Civil Veterinary Dept. Bombay admin report 1932-41 - 1932-1941
Year: 1932
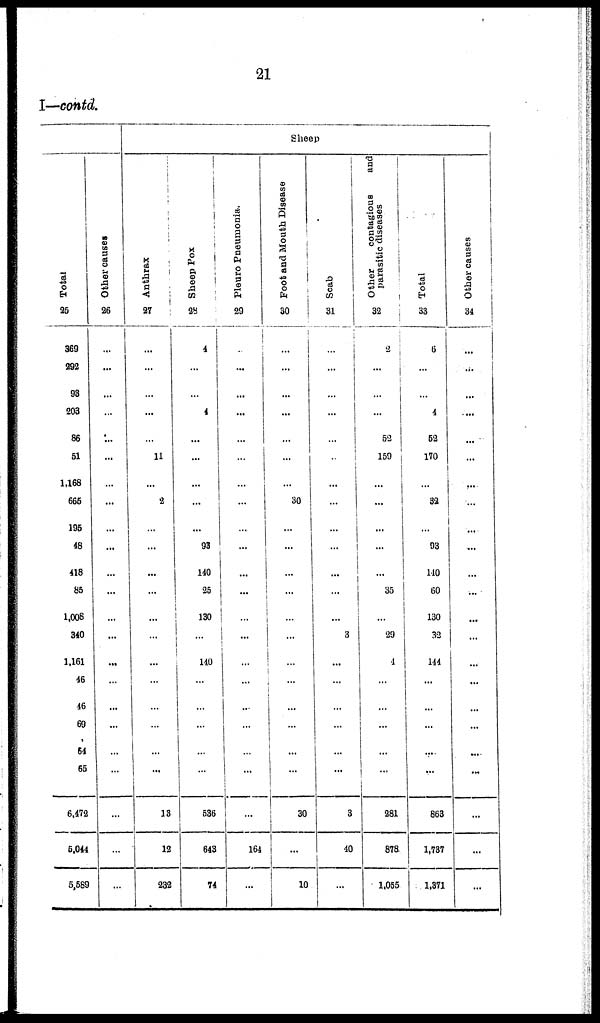
21
I—contd.
Total
25
369
292
98
203
86
51
1,168
665
195
48
418
85
1,008
340
1,161
46
46
69
64
65
6,472
5,044
5,589
Other causes
26
...
...
...
...
...
...
...
...
...
...
...
...
...
...
...
...
...
...
...
...
...
...
...
Sheep
Anthrax
27
...
...
...
...
...
11
...
2
...
...
...
...
...
...
...
...
...
...
...
...
13
12
232
Sheep Pox
28
4
...
...
4
...
...
...
...
...
93
140
25
130
...
140
...
...
...
...
...
536
643
74
Pleuro Pneumonia.
29
...
...
...
...
...
...
...
...
...
...
...
...
...
...
...
...
...
...
...
...
...
164
...
Foot and Mouth Disease
30
...
...
...
...
...
...
...
30
...
...
...
...
...
...
...
...
...
...
...
...
30
...
10
Scab
31
...
...
...
...
...
...
...
...
...
...
...
...
...
3
...
...
...
...
...
...
3
40
...
Other
contagious
and
parasitic diseases
32
2
...
...
...
52
159
...
...
...
...
...
35
...
29
4
...
...
...
...
...
281
878
1,055
Total
33
6
...
...
4
52
170
...
82
...
93
140
60
130
32
144
...
...
...
...
...
863
1,787
1,371
Other causes
34
...
...
...
...
...
...
...
...
...
...
...
...
...
...
...
...
...
...
...
...
...
...
...